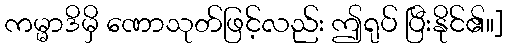
ကမ္မာဒိမှိ ဏောသုတ်ဖြင့်လည်း ဤရုပ် ပြီးနိုင်၏။]